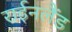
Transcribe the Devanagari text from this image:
राईनलैंड